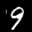
Label: 9